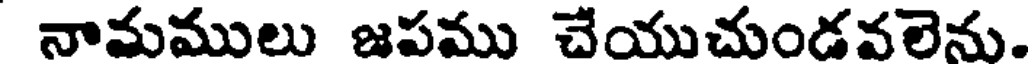
నామములు జపము చేయుచుండవలెను.